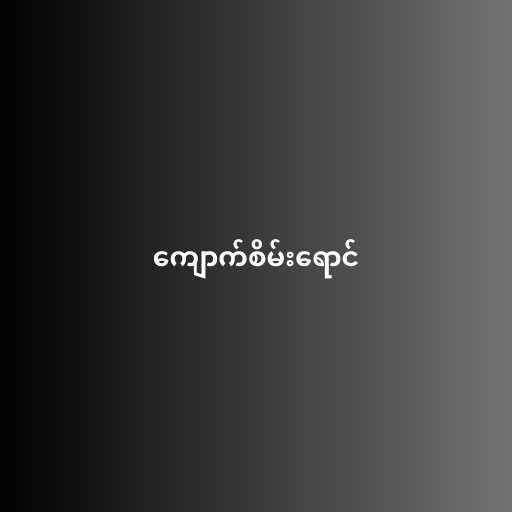
ကျောက်စိမ်းရောင်